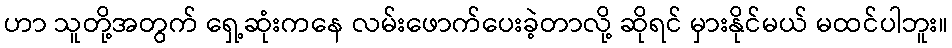
ဟာ သူတို့အတွက် ရှေ့ဆုံးကနေ လမ်းဖောက်ပေးခဲ့တာလို့ ဆိုရင် မှားနိုင်မယ် မထင်ပါဘူး။